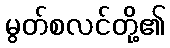
မွတ်စလင်တို့၏